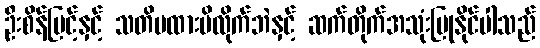
ဦးစိန်မြင့်နှင့် သတိမထားမိလိုက်ဘဲနှင့် ဆက်တိုက်အသုံးပြုနိုင်ပါသည်